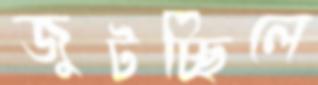
জুটচ্ছিলে